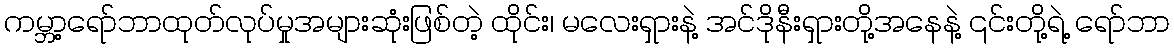
ကမ္ဘာ့ရော်ဘာထုတ်လုပ်မှုအများဆုံးဖြစ်တဲ့ ထိုင်း၊ မလေးရှားနဲ့ အင်ဒိုနီးရှားတို့အနေနဲ့ ၎င်းတို့ရဲ့ ရော်ဘာ